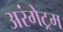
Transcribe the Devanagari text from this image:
अरंगेट्रम